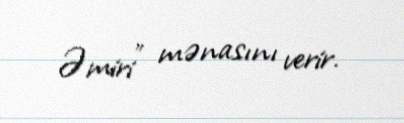
Əmiri” mənasını verir.